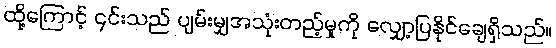
ထို့ကြောင့် ၎င်းသည် ပျမ်းမျှအသုံးတည့်မှုကို လျှော့ပြနိုင်ချေရှိသည်။